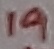
Text: 19